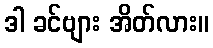
ဒါ ခင်ဗျား အိတ်လား။